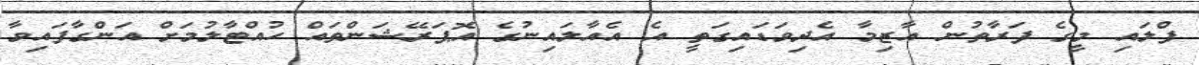
ފްލައި މީގެ ފަރާތުން އާޒިމާ އެދިވަޑައިގަތީ އެ އެއާލައިނުގެ އޮޕަރޭޝަންތައް ހުއްޓާލުމަށް އަންގާފައިވާ